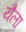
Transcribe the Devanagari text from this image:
यैला